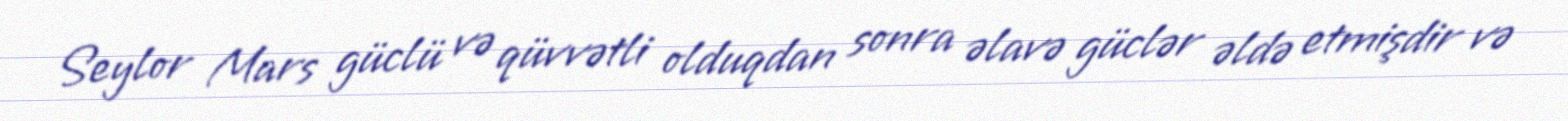
Seylor Mars güclü və qüvvətli olduqdan sonra əlavə güclər əldə etmişdir və